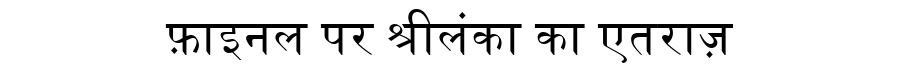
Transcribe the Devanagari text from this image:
फ़ाइनल पर श्रीलंका का एतराज़